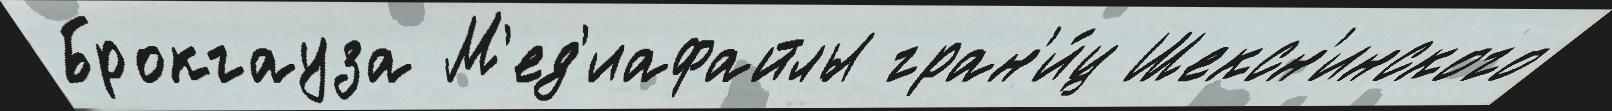
Брокгауза М'ед'иафайлы гран'и́ц Шексн'инского